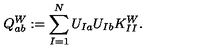
Q _ { a b } ^ { W } : = \sum _ { I = 1 } ^ { N } U _ { I a } U _ { I b } K _ { I I } ^ { W } .